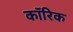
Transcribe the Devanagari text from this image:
कॉरिक